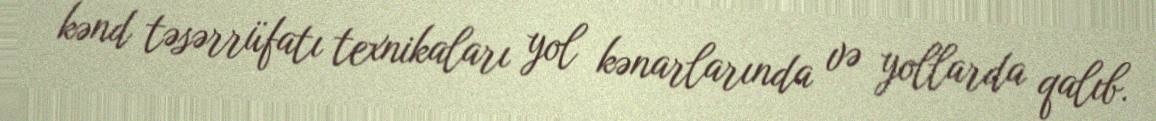
kənd təsərrüfatı texnikaları yol kənarlarında və yollarda qalıb.